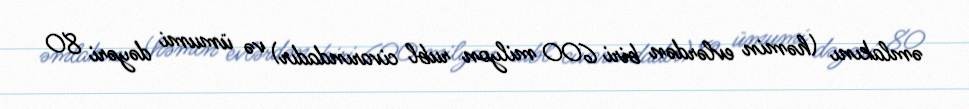
əmlakını (həmin evlərdən biri 600 milyon rubl civarındadır) və ümumi dəyəri 80